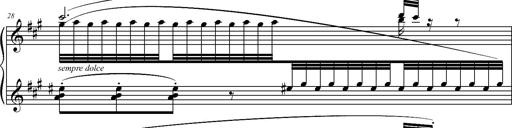
Title: 2 LÃ©gendes
Composer: Franz Liszt